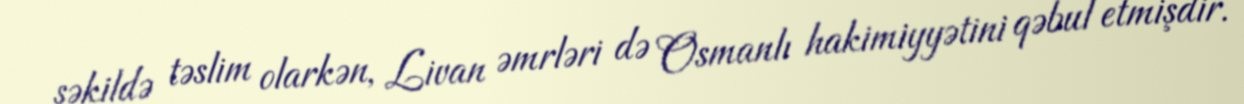
şəkildə təslim olarkən, Livan əmrləri də Osmanlı hakimiyyətini qəbul etmişdir.